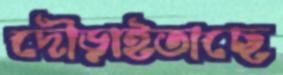
দৌড়াইতাছে